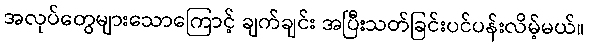
အလုပ်တွေများသောကြောင့် ချက်ချင်း အပြီးသတ်ခြင်းပင်ပန်းလိမ့်မယ်။